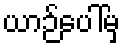
ယာဉ်ပေါ်မှ